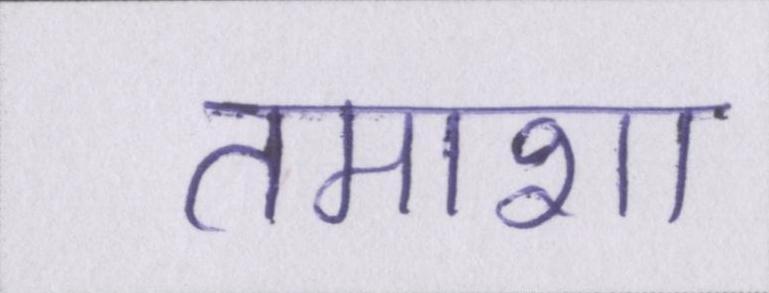
तमाशा